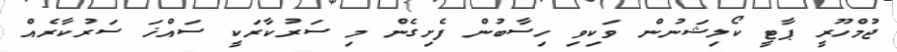
ޖުމްހޫރީ ޕާޓީ ކޯލިޝަނުން ވަކިވި ހިސާބުން ފެށިގެން މި ސަރުކާރަކީ ސައްޚަ ސަރުކާރެއް